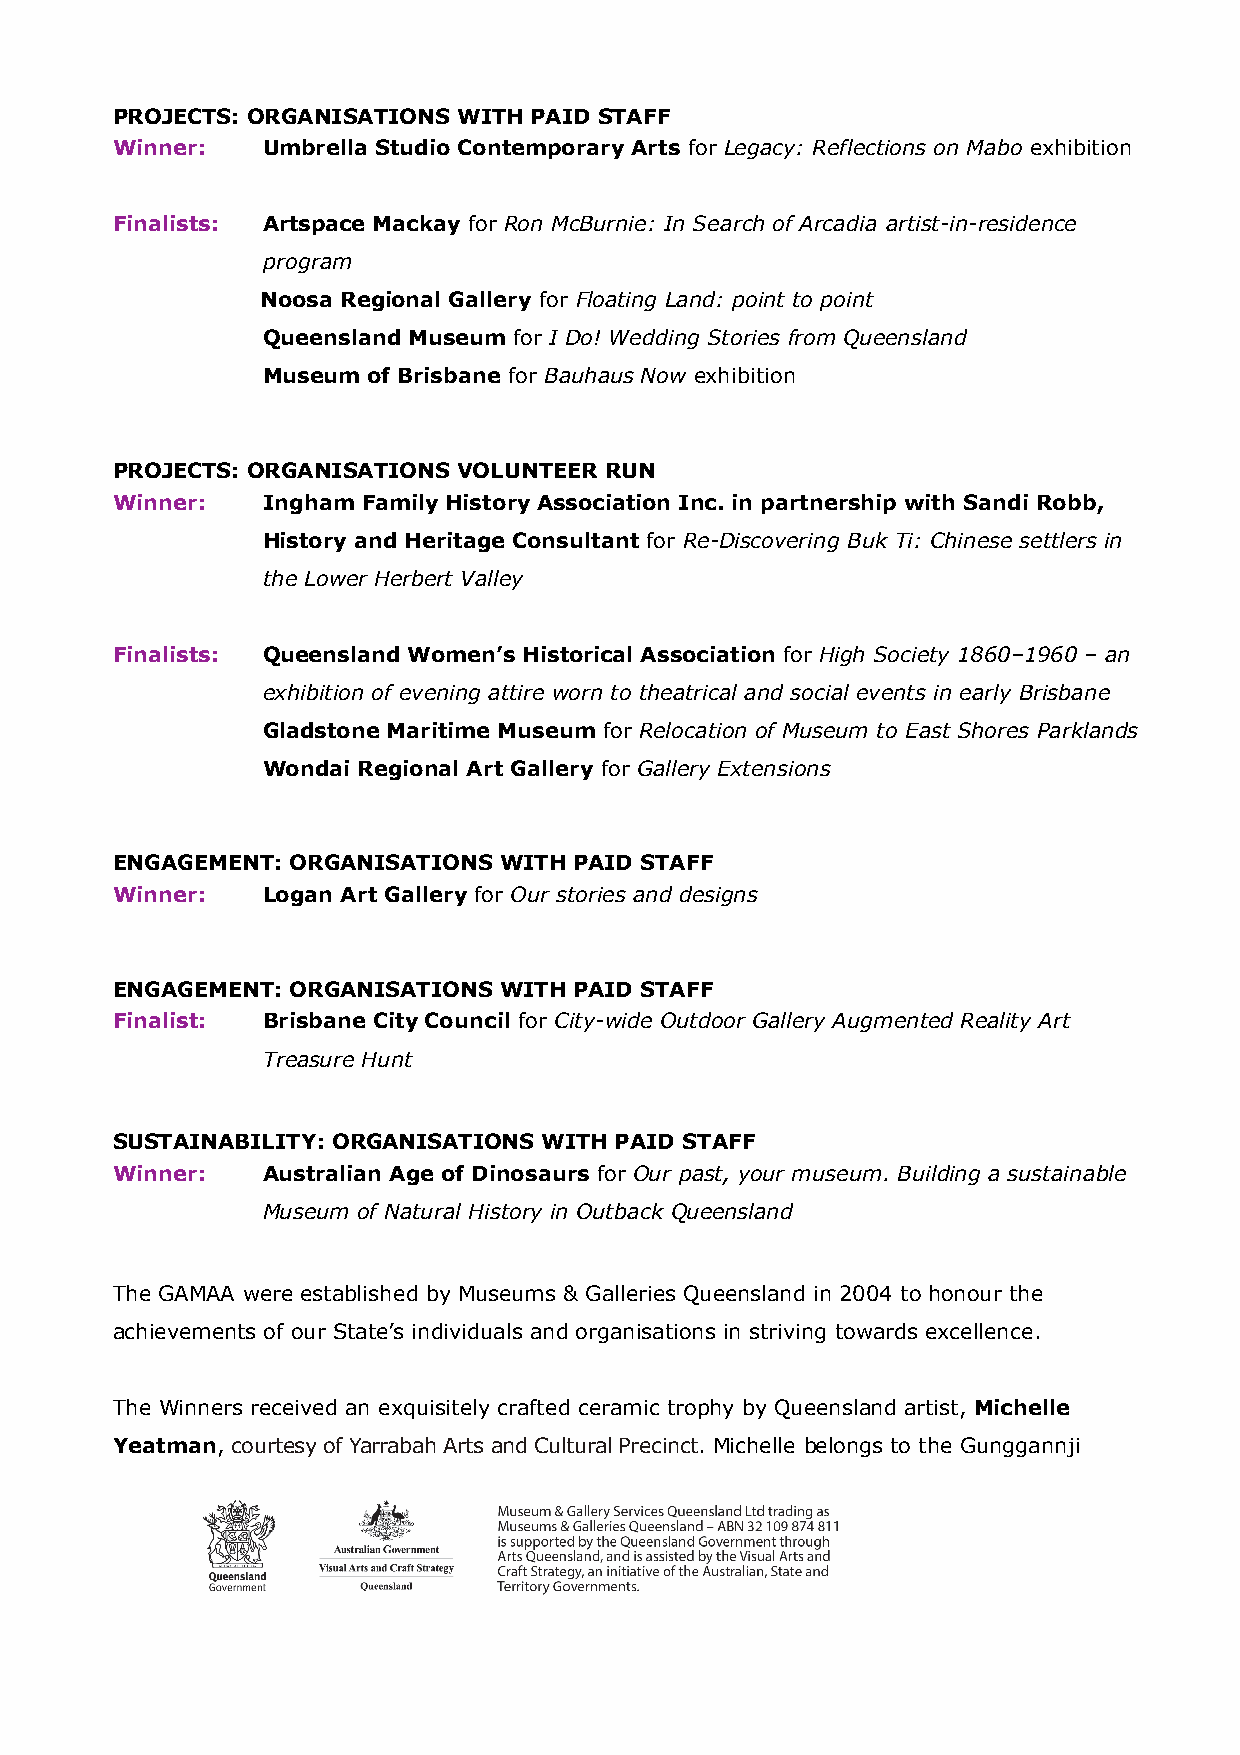
PROJECTS: ORGANISATIONS WITH PAID STAFF
 Winner:   Umbrella Studio Contemporary Arts for Legacy: Reflections on Mabo exhibition
 Finalists: Artspace Mackay for Ron McBurnie: In Search of Arcadia artist-in-residence
 program
 Noosa Regional Gallery for Floating Land: point to point
 Queensland Museum for I Do! Wedding Stories from Queensland
 Museum of Brisbane for Bauhaus Now exhibition
 PROJECTS: ORGANISATIONS VOLUNTEER RUN
 Winner:   Ingham Family History Association Inc. in partnership with Sandi Robb,
 History and Heritage Consultant for Re-Discovering Buk Ti: Chinese settlers in
 the Lower Herbert Valley
 Finalists: Queensland Women’s Historical Association for High Society 1860–1960 – an
 exhibition of evening attire worn to theatrical and social events in early Brisbane
 Gladstone Maritime Museum for Relocation of Museum to East Shores Parklands
 Wondai Regional Art Gallery for Gallery Extensions
 ENGAGEMENT: ORGANISATIONS WITH PAID STAFF
 Winner:   Logan Art Gallery for Our stories and designs
 ENGAGEMENT: ORGANISATIONS WITH PAID STAFF
 Finalist: Brisbane City Council for City-wide Outdoor Gallery Augmented Reality Art
 Treasure Hunt
 SUSTAINABILITY: ORGANISATIONS WITH PAID STAFF
 Winner:   Australian Age of Dinosaurs for Our past, your museum. Building a sustainable
 Museum of Natural History in Outback Queensland
 The GAMAA were established by Museums & Galleries Queensland in 2004 to honour the
 achievements of our State’s individuals and organisations in striving towards excellence.
 The Winners received an exquisitely crafted ceramic trophy by Queensland artist, Michelle
 Yeatman, courtesy of Yarrabah Arts and Cultural Precinct. Michelle belongs to the Gunggannji